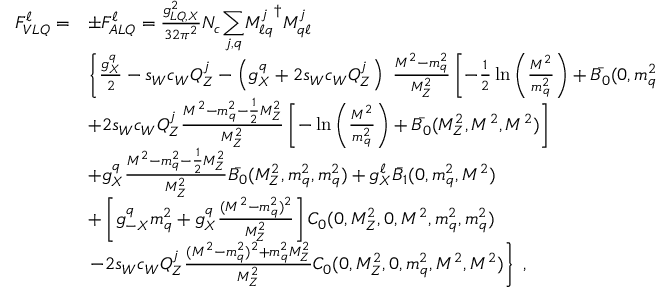
\begin{array} { l l } { { F _ { V L Q } ^ { \ell } = } } & { { \pm F _ { A L Q } ^ { \ell } = \frac { g _ { L Q , X } ^ { 2 } } { 3 2 \pi ^ { 2 } } N _ { c } { \displaystyle \sum _ { j , q } } { M _ { \ell q } ^ { j } } ^ { \dagger } M _ { q \ell } ^ { j } } } \\ { { } } & { { \left\{ \frac { g _ { X } ^ { q } } { 2 } - s _ { W } c _ { W } Q _ { Z } ^ { j } - \left( g _ { X } ^ { q } + 2 s _ { W } c _ { W } Q _ { Z } ^ { j } \right) ~ \frac { M ^ { 2 } - m _ { q } ^ { 2 } } { M _ { Z } ^ { 2 } } \left[ - \frac { 1 } { 2 } \ln \left( \frac { M ^ { 2 } } { m _ { q } ^ { 2 } } \right) + \bar { B _ { 0 } } ( 0 , m _ { q } ^ { 2 } , M ^ { 2 } ) \right] \right. } } \\ { { } } & { { + 2 s _ { W } c _ { W } Q _ { Z } ^ { j } \frac { M ^ { 2 } - m _ { q } ^ { 2 } - \frac { 1 } { 2 } M _ { Z } ^ { 2 } } { M _ { Z } ^ { 2 } } \left[ - \ln \left( \frac { M ^ { 2 } } { m _ { q } ^ { 2 } } \right) + \bar { B _ { 0 } } ( M _ { Z } ^ { 2 } , M ^ { 2 } , M ^ { 2 } ) \right] } } \\ { { } } & { { + g _ { X } ^ { q } \frac { M ^ { 2 } - m _ { q } ^ { 2 } - \frac { 1 } { 2 } M _ { Z } ^ { 2 } } { M _ { Z } ^ { 2 } } \bar { B _ { 0 } } ( M _ { Z } ^ { 2 } , m _ { q } ^ { 2 } , m _ { q } ^ { 2 } ) + g _ { X } ^ { \ell } \bar { B _ { 1 } } ( 0 , m _ { q } ^ { 2 } , M ^ { 2 } ) } } \\ { { } } & { { + \left[ g _ { - X } ^ { q } m _ { q } ^ { 2 } + g _ { X } ^ { q } \frac { ( M ^ { 2 } - m _ { q } ^ { 2 } ) ^ { 2 } } { M _ { Z } ^ { 2 } } \right] C _ { 0 } ( 0 , M _ { Z } ^ { 2 } , 0 , M ^ { 2 } , m _ { q } ^ { 2 } , m _ { q } ^ { 2 } ) } } \\ { { } } & { { \left. - 2 s _ { W } c _ { W } Q _ { Z } ^ { j } \frac { ( M ^ { 2 } - m _ { q } ^ { 2 } ) ^ { 2 } + m _ { q } ^ { 2 } M _ { Z } ^ { 2 } } { M _ { Z } ^ { 2 } } C _ { 0 } ( 0 , M _ { Z } ^ { 2 } , 0 , m _ { q } ^ { 2 } , M ^ { 2 } , M ^ { 2 } ) \right\} \; , } } \end{array}